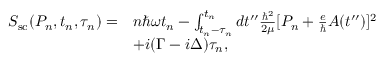
\begin{array} { r l } { S _ { \mathrm { s c } } ( P _ { n } , t _ { n } , \tau _ { n } ) = } & { n \hbar \omega t _ { n } - \int _ { t _ { n } - \tau _ { n } } ^ { t _ { n } } d t ^ { \prime \prime } \frac { \hbar ^ { 2 } } { 2 \mu } [ P _ { n } + \frac { e } { \hbar } A ( t ^ { \prime \prime } ) ] ^ { 2 } } \\ & { + i ( \Gamma - i \Delta ) \tau _ { n } , } \end{array}